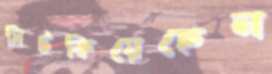
সিটকিয়েছেন